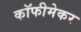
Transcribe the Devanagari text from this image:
कॉफीमेकर